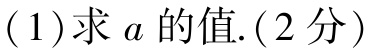
(1)求 \(a\) 的值.(2分)